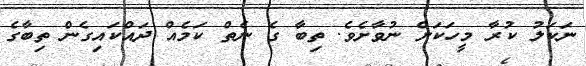
ނަކަލު ކުރާ މީހަކަށް ނުވާށެވެ. ތިބާ ގެ ނެތް ކަމެއް ދައްކައިގެން ތިބާގެ